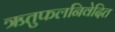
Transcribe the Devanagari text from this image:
ऋतुफलनिवेदित